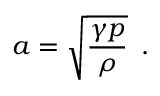
a = \sqrt { \frac { \gamma p } { \rho } } \, \mathrm { ~ . ~ }